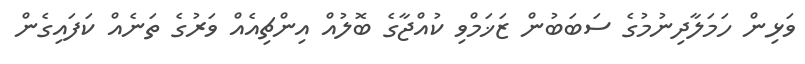
ވަޅިން ހަމަލާދިނުމުގެ ސަބަބުން ޒަޚަމްވި ކުއްޖާގެ ބޮލުއް އިންޗިއެއް ވަރުގެ ތަނެއް ކަފައިގެން